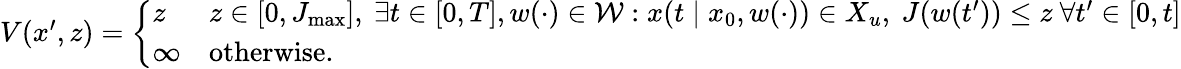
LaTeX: \begin{array}{r}{V(x^{\prime},z)=\left\{ \begin{array}{ll}{z}&{z\in[0,J_{\operatorname*{max}}],\ \exists t\in[0,T],w(\cdot)\in\mathcal{W}:x(t\mid x_{0},w(\cdot))\in X_{u},\ J(w(t^{\prime}))\leq z\ \forall t^{\prime}\in[0,t]}\\ {\infty}&{\textrm{otherwise.}}\end{array}\right.}\end{array}